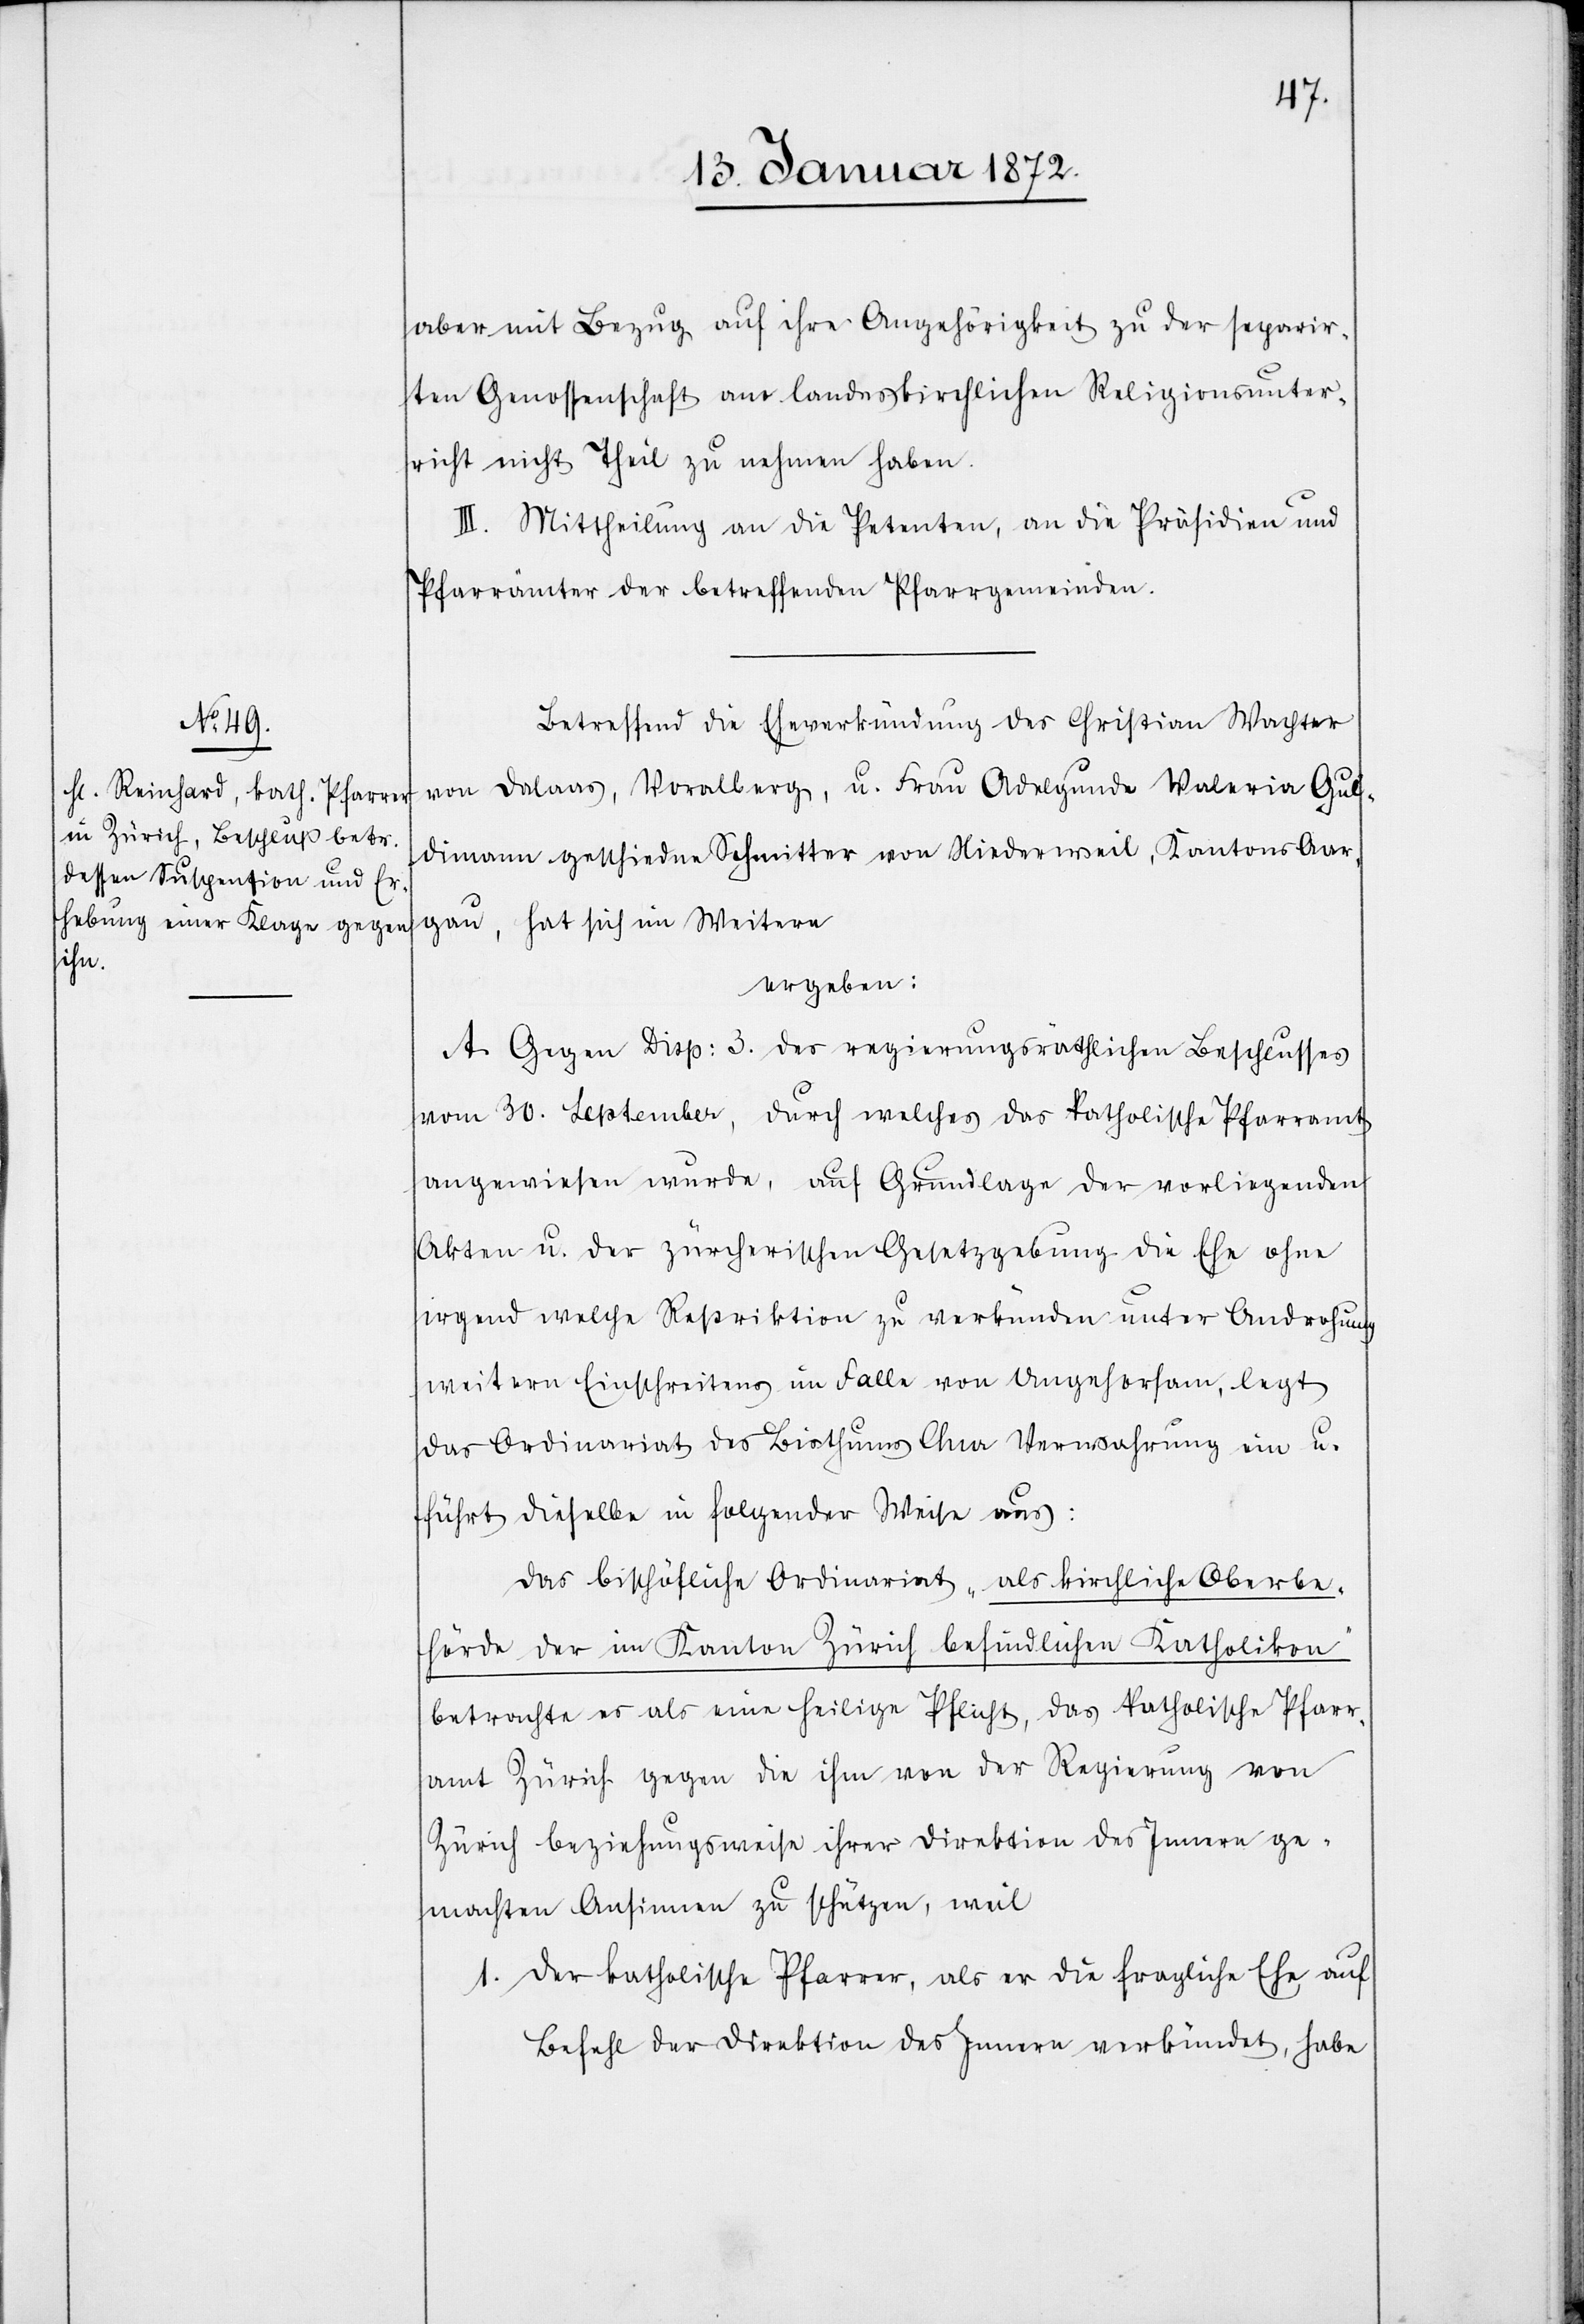
aber mit Bezug auf ihre Angehörigkeit zu der separir¬
ten Genossenschaft am landeskirchlichen Religionsunter¬
richt nicht Theil zu nehmen haben.
III. Mittheilung an die Petenten, an die Präsidien und
Pfarrämter der betreffenden Pfarrgemeinden.
Betreffend die Eheverkündung des Christian Wachter
von Dalaas, Voralberg, u. Frau Adelgunde Valeria Gul¬
dimann geschiedne Schmitter von Niederweil, Kantons Aar¬
gau, hat sich im Weitern
ergeben:
A. Gegen Disp: 3. des regierungsräthlichen Beschlusses
vom 30. September, durch welches das Katholische Pfarramt
angewiesen wurde, auf Grundlage der vorliegenden
Akten u. der zürcherischen Gesetzgebung die Ehe ohne
irgend welche Restriktion zu verkünden unter Androhung
weitern Einschreitung im Falle von Ungehorsam, legt
das Ordinariat des Bisthums Chur Verwahrung ein u.
führt dieselbe in folgender Weise aus:
Das bischöfliche Ordinariat „als kirchliche Oberbe¬
hörde der im Kanton Zürich befindlichen Katholiken“
betrachte es als eine heilige Pflicht, das katholische Pfarr¬
amt Zürich gegen die ihm von der Regierung von
Zürich beziehungsweise ihrer Direktion des Innern ge¬
machten Ansinnen zu schützen, weil
1. Der katholische Pfarrer, als er die fragliche Ehe auf
Befehl der Direktion des Innern verkündet, habe